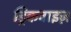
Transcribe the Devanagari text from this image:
ड्रिंकवाइज़